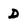
Character: D